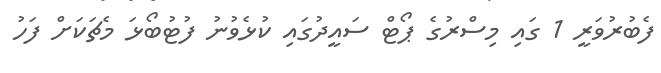
ފެބުރުވަރީ 1 ގައި މިސްރުގެ ޕޯޓް ސައީދުގައި ކުޅެވުނު ފުޓުބޯޅަ މެޗަކަށް ފަހު